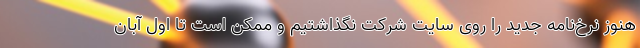
هنوز نرخ‌نامه جدید را روی سایت شرکت نگذاشتیم و ممکن است تا اول آبان